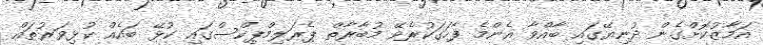
އަމާޒުކޮށްގެން ދުނިޔޭގައި ބާއްވާ އެންމެ ފާހަގަކުރެވޭ މުބާރާތް ޕެރަލިމްޕިކްސްގައި ކުޅޭ ބައެއް ކުޅިވަރުތައް